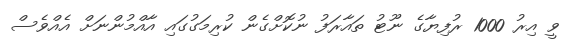
ވީ އިރު 1000 ރުފިޔާގެ ނޫޓު ތައާރަފު ނުކޮށްގެން ކުރިމަގުގައި އާއްމުންނަށް އެއްވެސް